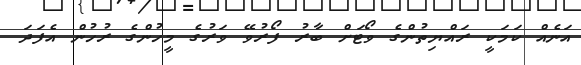
އަނެއް ކަމަކީ ރައްޔިތުންގެ ވޯޓަށް ބާރު ފޯރުވޭ ވަރުގެ މީހުންގެ ރުހުން އެފަދަ